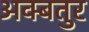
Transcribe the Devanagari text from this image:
अक्बतुर